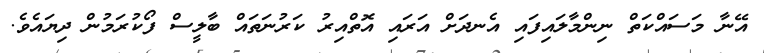
އޭނާ މަސައްކަތް ނިންމާލައިފައި އެނދަށް އަރައި އޮތްއިރު ކަރުނަތައް ބާލީސް ފޯކުރަމުން ދިޔައެވެ.